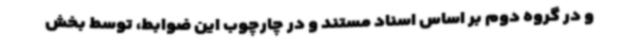
و در گروه دوم بر اساس اسناد مستند و در چارچوب این ضوابط، توسط بخش